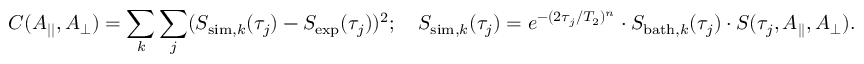
C ( A _ { | | } , A _ { \perp } ) = \sum _ { k } \sum _ { j } ( S _ { \mathrm { s i m } , k } ( \tau _ { j } ) - S _ { \mathrm { e x p } } ( \tau _ { j } ) ) ^ { 2 } ; \quad S _ { \mathrm { s i m } , k } ( \tau _ { j } ) = e ^ { - ( 2 \tau _ { j } / T _ { 2 } ) ^ { n } } \cdot S _ { \mathrm { b a t h } , k } ( \tau _ { j } ) \cdot S ( \tau _ { j } , A _ { | | } , A _ { \perp } ) .